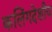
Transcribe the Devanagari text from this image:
कलिंगदेशीय